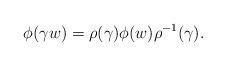
LaTeX: \begin{align*}\phi(\gamma w)=\rho(\gamma) \phi(w) \rho^{-1}(\gamma).\end{align*}